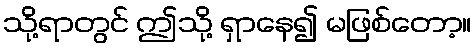
သို့ရာတွင် ဤသို့ ရှာနေ၍ မဖြစ်တော့။